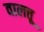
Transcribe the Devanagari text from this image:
वालत्तू